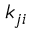
k _ { j i }